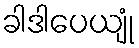
ခါဒါပေယျုံ